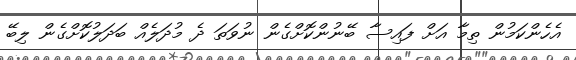
އެހެންކަމުން ތިމާ އަށް ފައިސާ ބޭނުންކޮށްގެން ނުވަތަ ދެ މުދަލެއް ބަދަލުކޮށްގެން ލިބޭ